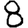
Digit: 8